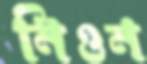
নিওন